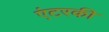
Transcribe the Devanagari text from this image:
एंटरकी